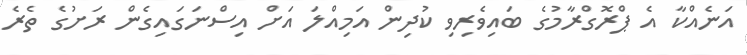
އަނެއްކާ އެ ޕްރޮގްރާމުގެ ބައިވެރިވި ކުދިން އަމިއްލަ އަށް އިސްނަގައިގެން ރަށުގެ ތެރެ